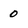
Character: 0